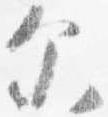
示